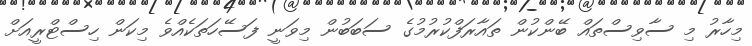
މިހާރު މި ސާވިސްތައް ބޭންކުން ތައާރަފްކުރުމުގެ ސަބަބުން މިވަނީ ފަސޭހަތަކެއްވެ މިކަން ހިސްޓްރީއަށް